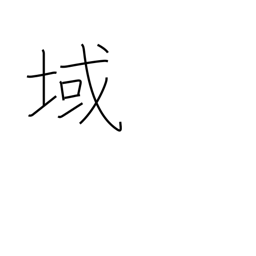
Meaning: stage